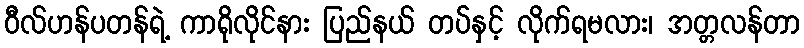
ဝီလ်ဟန်ပတန်ရဲ့ ကာရိုလိုင်နား ပြည်နယ် တပ်နှင့် လိုက်ရမလား၊ အတ္တလန်တာ